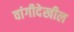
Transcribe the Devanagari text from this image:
वांगीदेखील